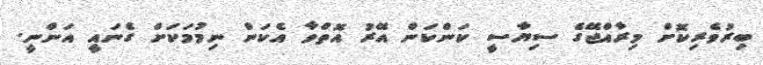
ބިރުވެރިކޮށް މިރާއްޖޭގެ ސިޔާސީ ކަންކަން އޭރު އޮތްްވާ އެކަން ނިމުމަކަށް ގެނައީ އަންނީ.